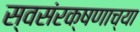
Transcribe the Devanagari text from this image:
स्वसंरक्षणाच्या